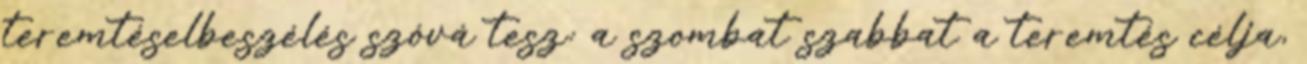
teremtéselbeszélés szóvá tesz: a szombat szabbat a teremtés célja,